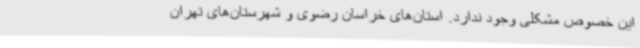
این خصوص مشکلی وجود ندارد. استان‌های خراسان رضوی و شهرستان‌های تهران